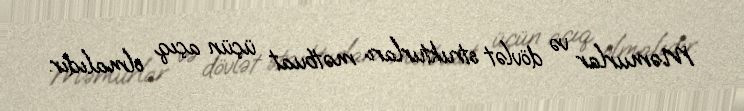
Məmurlar və dövlət strukturları mətbuat üçün açıq olmalıdır.